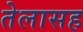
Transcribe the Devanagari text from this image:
तेलासह